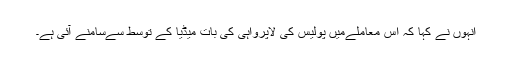
انہوں نے کہا کہ اس معاملےمیں پولیس کی لاپرواہی کی بات میڈیا کے توسط سےسامنے آئی ہے۔